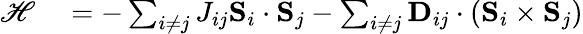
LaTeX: \begin{array}{rl}{\mathscr{H}}&{{}=-\sum_{i\neq j}J_{ij}\mathbf{S}_{i}\cdot\mathbf{S}_{j}-\sum_{i\neq j}\mathbf{D}_{ij}\cdot\left(\mathbf{S}_{i}\times\mathbf{S}_{j}\right)}\end{array}